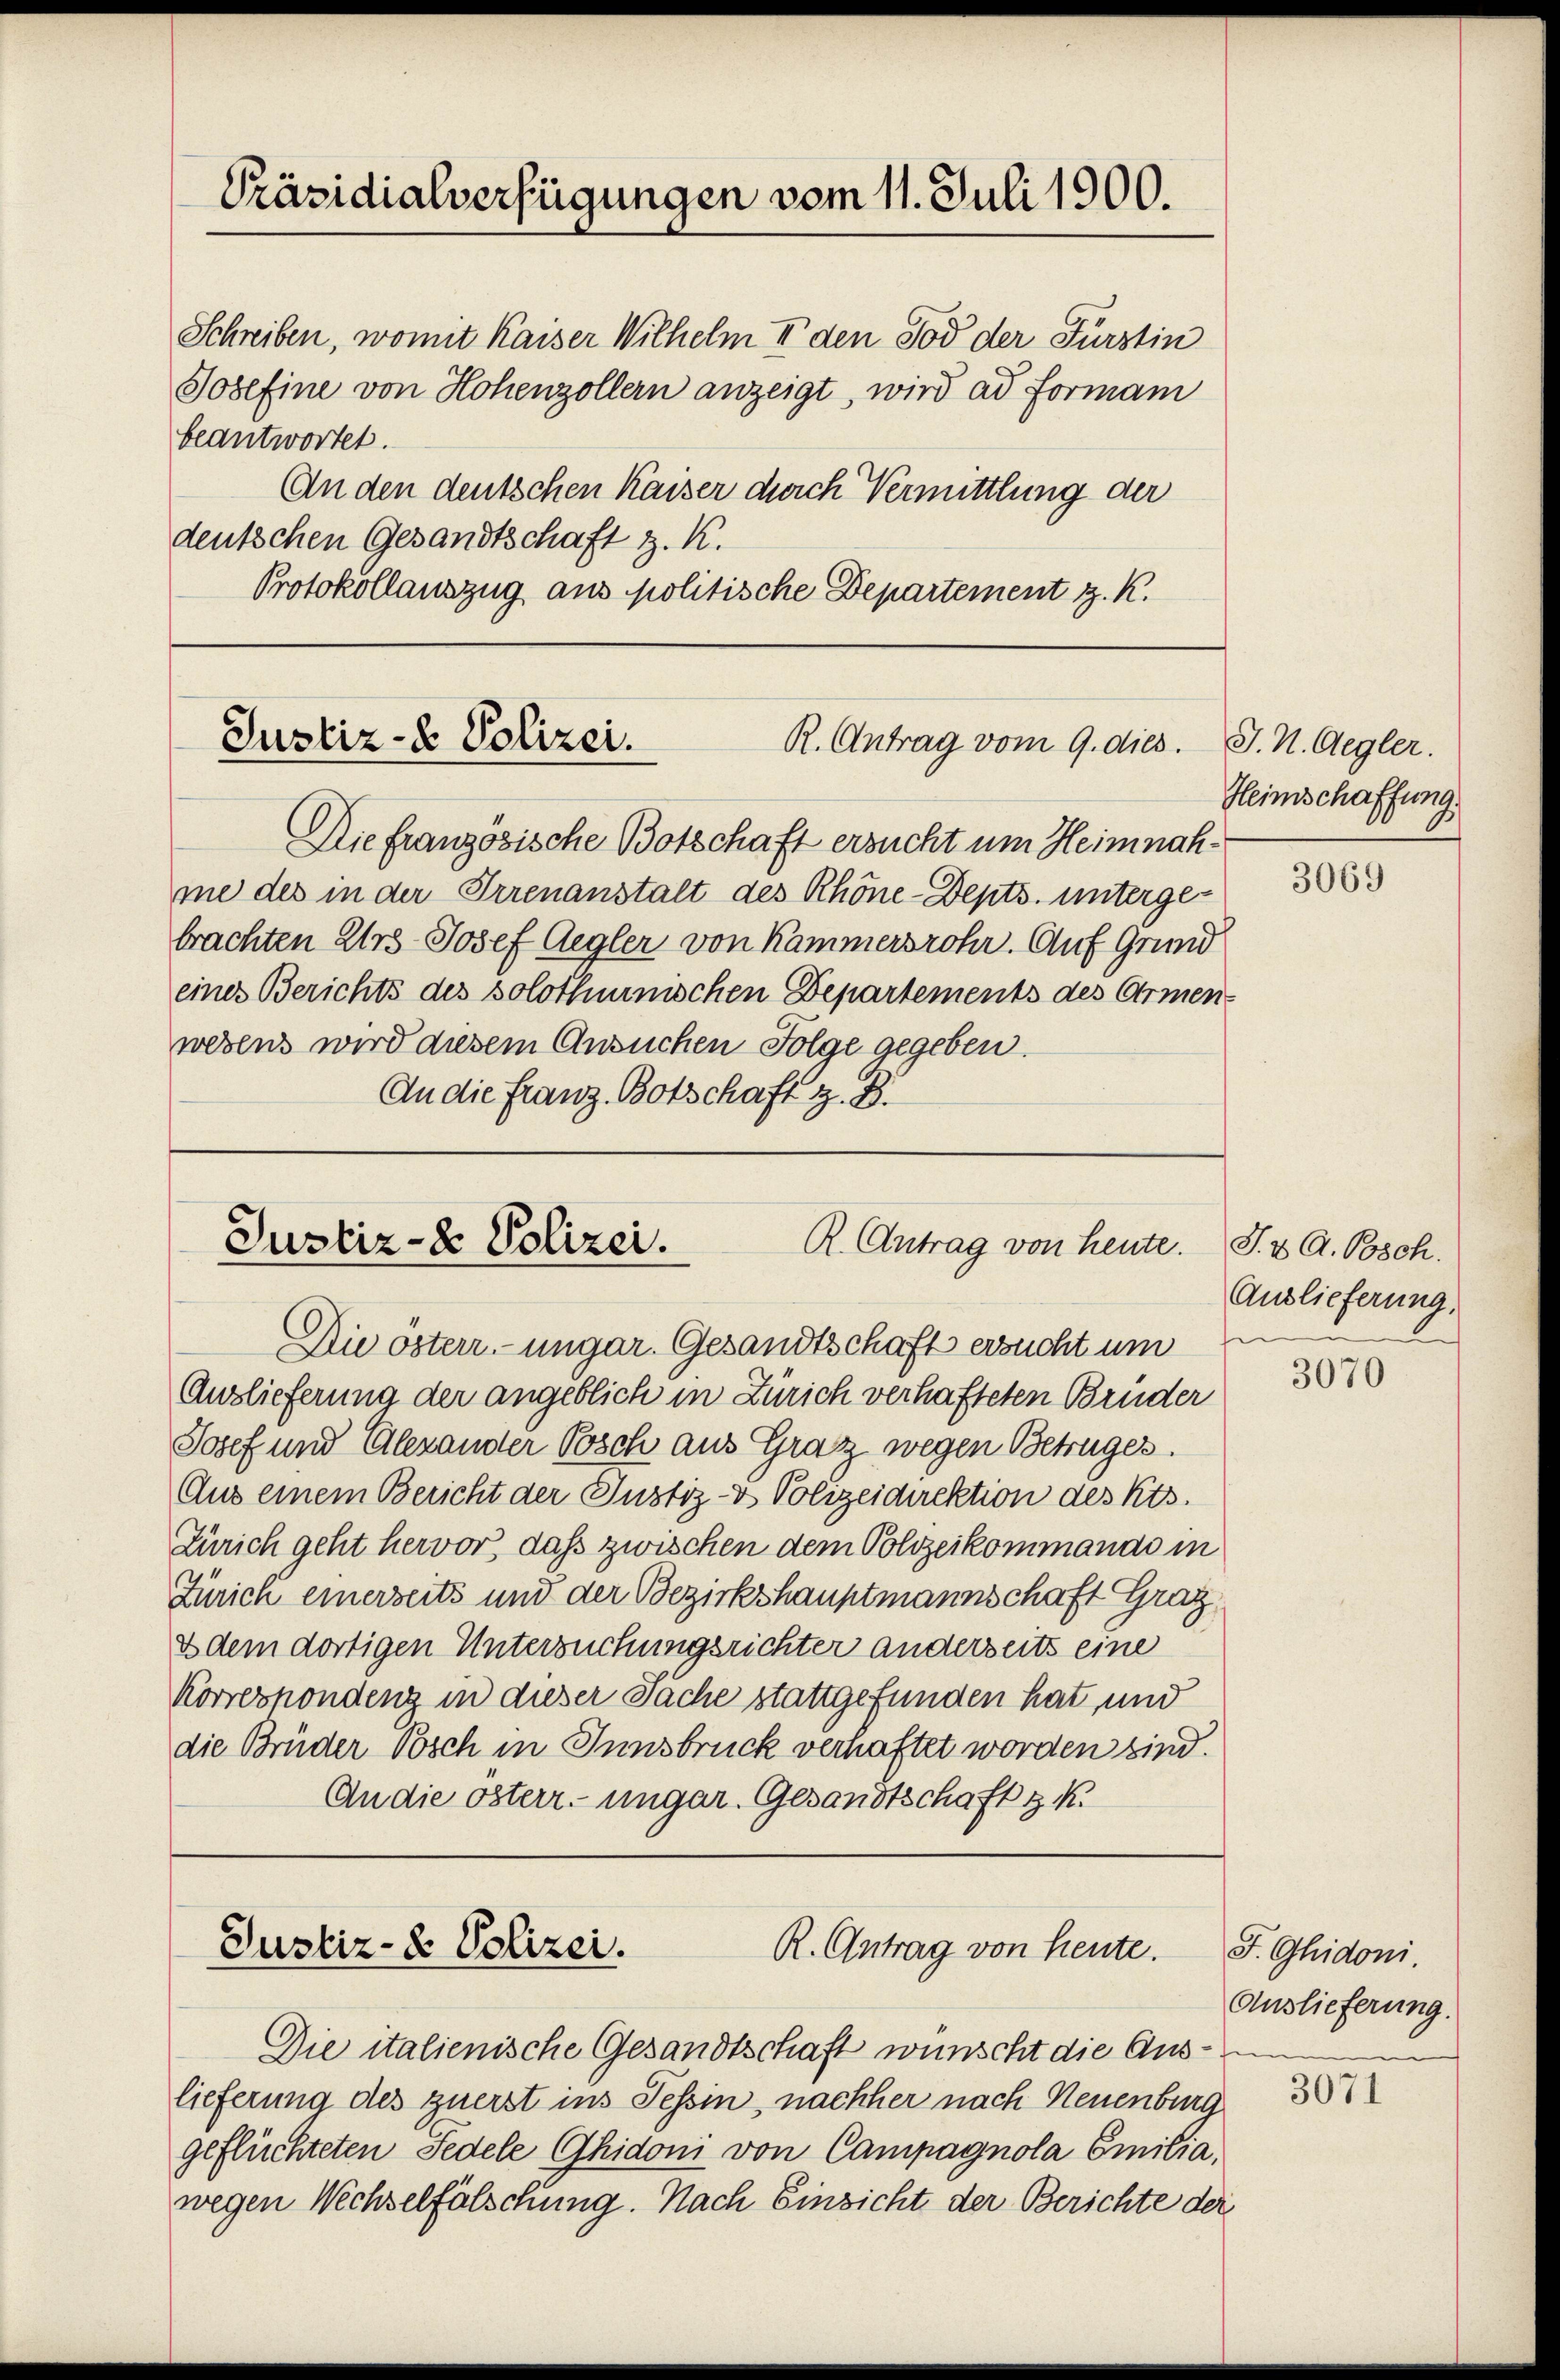
Schreiben, womit Kaiser Wilhelm II den Tod der Fürstin
Josefine von Hohenzollern anzeigt, wird ad Formani
beantwortet.
An den deutschen Kaiser durch Vermittlung der
deutschen Gesandtschaft z. K.
Protokollauszug aus politische Departement z. K.

Präsidialverfügungen vom 11. Juli 1900.

Justiz- & Polizei.
R. Antrag vom 9. dies.

Die französische Botschaft ersucht um Heimnahme des in der Irrenanstalt des Rhone-Depts. untergebrachten Urs-Josef Aegler von Kammersrohr. Auf Grund
eines Berichts des solothurnischen Departements des Armen
wesens wird diesem Ansuchen Folge gegeben.
An die Franz Botschaft z. B.

Justiz- & Polizei.
R. Antrag von heute.

Die öster ungar. Gesandtschaft ersucht und
Auslieferung der angeblich in Zürich verhafteten Bruder
Josef und Alexander Posch aus Graz wegen Betruges.
Aus einem Bericht der Justiz- & Polizeidirektion des Kts.
Zürich geht hervor, daß zwischen dem Polizeikommando in
Zürich einerseits und der Bezirkshauptmannschaft Graz
& dem dortigen Untersuchungsrichter anderseits eine
Korrespondenz in dieser Sache stattgefunden hat, und
die Brüder Posch in Innsbruck verhaftet worden sind.
An die österr. ungar. Gesandtschaft z. K.

Justiz- & Polizei.
R. Antrag von heute.

Die italienische Gesandtschaft wünscht die Aus¬

lieferung des zuerst ins Tessin, nachher nach Neuenburg
geflüchteten Fedele Ghidoni von Campagnola Emilia,
wegen Wechselfälschung. Nach Einsicht der Berichte der

J. N. Regler.
Heimschaffung

3069

J.v A. Posch.
Auslieferung.

3070

J. Ghidoni.
Auslieferung.

3071